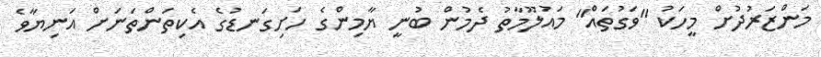
މަންޒަރުދުށް މީހަކު "ވަގުތައް" މައުލޫމާތު ދެމުން ބުނީ ޔާމިންގެ ހަށިގަނޑުގެ އެކިތަންތަނަށް އަނިޔާވެ